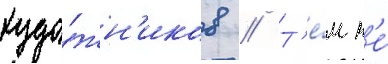
худо́жн'иков // Т'е́м н'е́